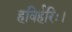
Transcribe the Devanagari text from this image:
हविर्हरिः।